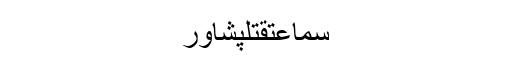
سماعتقتلپشاور